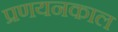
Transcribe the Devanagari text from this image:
प्रणयनकाल